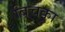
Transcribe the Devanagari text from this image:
बिचका